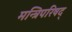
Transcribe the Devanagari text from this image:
मन्त्रिपरिषद्